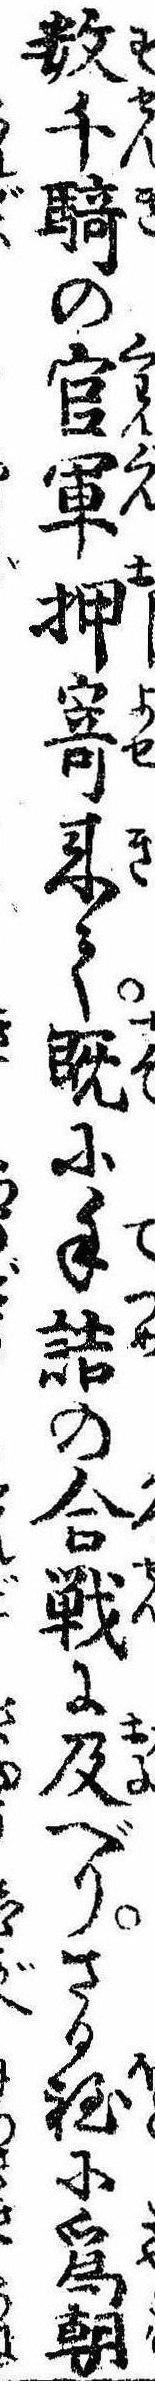
数千騎の官軍押寄来て既に手詰の合戦に及べりさる程に為朝